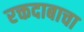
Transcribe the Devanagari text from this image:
रक्तदाबाचा